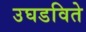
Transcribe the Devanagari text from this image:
उघडविते